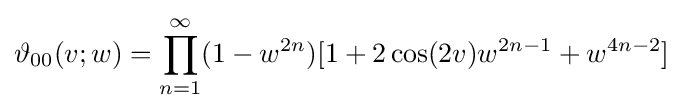
\vartheta _{00}(v;w)=\prod _{n=1}^{\infty }(1-w^{2n})[1+2\cos(2v)w^{2n-1}+w^{4n-2}]